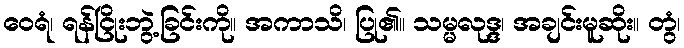
ဝေရံ၊ ရန်ငြိုးဘွဲ့ခြင်းကို။ အကာသိ၊ ပြု၏။ သမ္မလုဒ္ဒ၊ အချင်းမူဆိုး။ တွံ၊